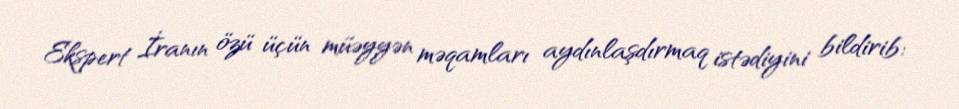
Ekspert İranın özü üçün müəyyən məqamları aydınlaşdırmaq istədiyini bildirib: